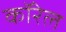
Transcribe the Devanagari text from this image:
कॉरेल